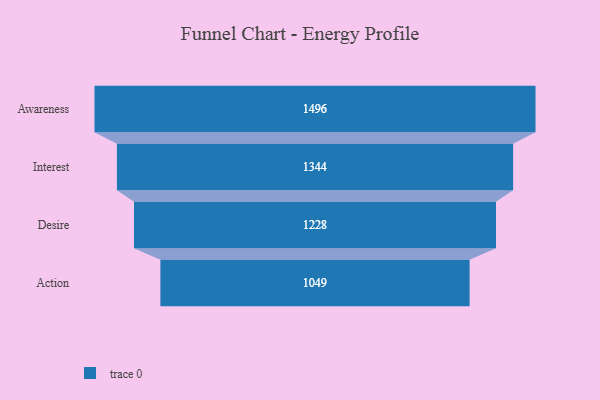
{"axis": {"x": "Stage", "y": "Value"}, "legend": [""], "data": [{"x": "Awareness", "y": 1496.0, "type": ""}, {"x": "Interest", "y": 1344.0, "type": ""}, {"x": "Desire", "y": 1228.0, "type": ""}, {"x": "Action", "y": 1049.0, "type": ""}]}